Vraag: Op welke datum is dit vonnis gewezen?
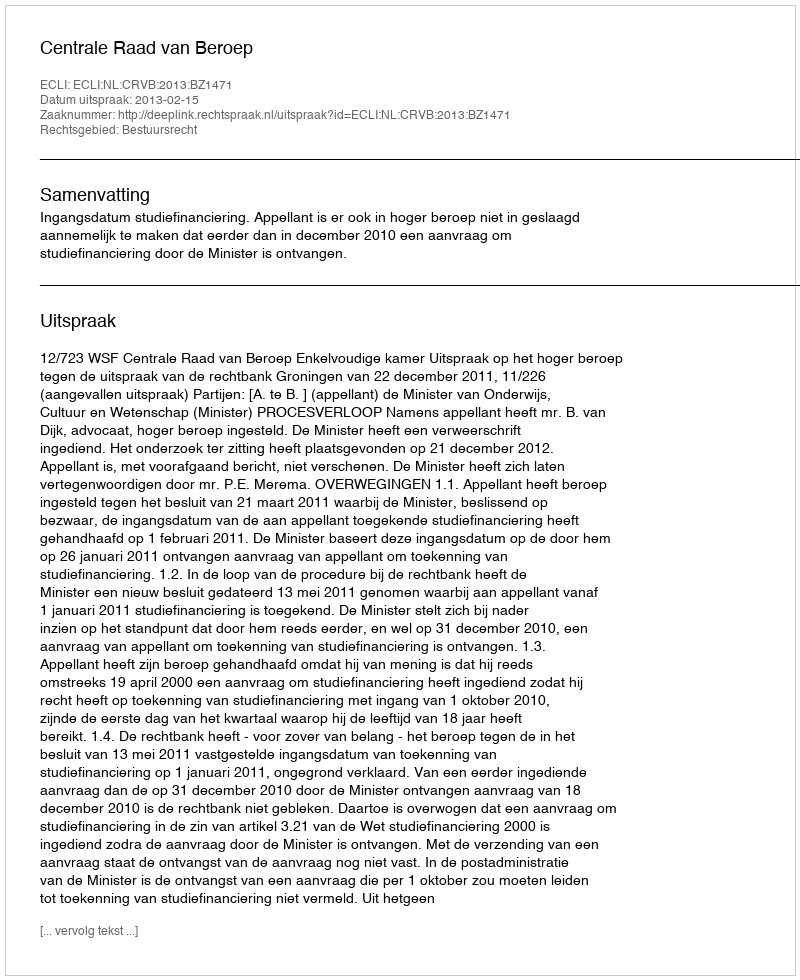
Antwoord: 2013-02-15